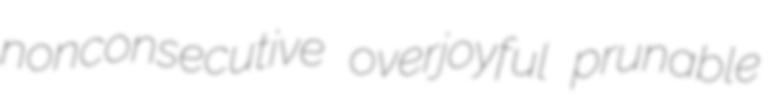
nonconsecutive overjoyful prunable